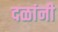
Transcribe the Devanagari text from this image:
दळांनी